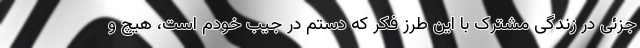
جزئی در زندگی مشترک با این طرز فکر که دستم در جیب خودم است، هیچ و